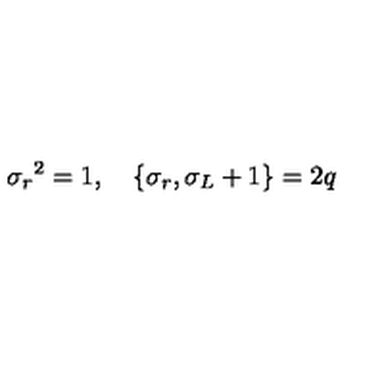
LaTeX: { \sigma _ { r } } ^ { 2 } = 1 , \quad \{ \sigma _ { r } , \sigma _ { L } + 1 \} = 2 q